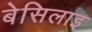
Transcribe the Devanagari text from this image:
बेसिलाइ